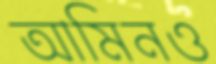
আমিনও